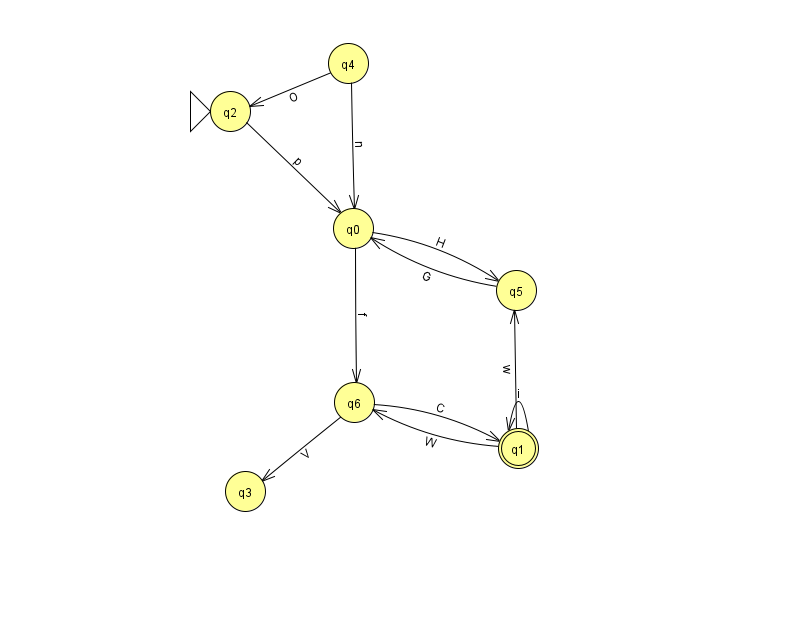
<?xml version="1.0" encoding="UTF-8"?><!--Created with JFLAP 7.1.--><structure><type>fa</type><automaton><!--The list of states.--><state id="0" name="q0"><x>353.0</x><y>215.0</y></state><state id="1" name="q1"><x>518.0</x><y>435.0</y><final/></state><state id="2" name="q2"><x>230.0</x><y>98.0</y><initial/></state><state id="3" name="q3"><x>245.0</x><y>478.0</y></state><state id="4" name="q4"><x>348.0</x><y>50.0</y></state><state id="5" name="q5"><x>516.0</x><y>277.0</y></state><state id="6" name="q6"><x>354.0</x><y>389.0</y></state><!--The list of transitions.--><transition><from>0</from><to>5</to><read>H</read></transition><transition><from>0</from><to>6</to><read>f</read></transition><transition><from>1</from><to>6</to><read>W</read></transition><transition><from>2</from><to>0</to><read>p</read></transition><transition><from>6</from><to>1</to><read>C</read></transition><transition><from>1</from><to>1</to><read>i</read></transition><transition><from>4</from><to>0</to><read>n</read></transition><transition><from>4</from><to>2</to><read>O</read></transition><transition><from>6</from><to>3</to><read>V</read></transition><transition><from>1</from><to>5</to><read>w</read></transition><transition><from>5</from><to>0</to><read>G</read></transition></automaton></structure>